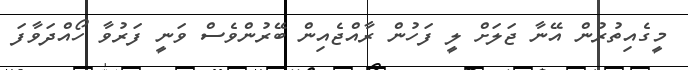
މީގެއިތުރުން އޭނާ ޖަލަށް ލީ ފަހުން ރާއްޖެއިން ބޭރުންވެސް ވަނީ ފަރުވާ ހޯއްދަވާފަ